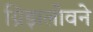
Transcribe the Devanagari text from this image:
ग्रिझलोवने